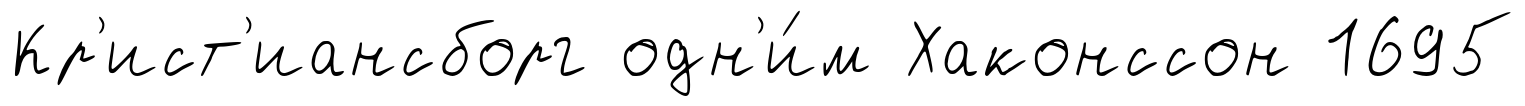
Кр'ист'иансборг одн'и́м Хаконссон 1695